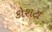
કોશટા